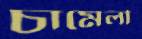
চামেলী